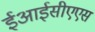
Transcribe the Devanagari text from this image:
ईआईसीएएस